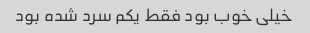
خیلی خوب بود فقط یکم سرد شده بود